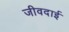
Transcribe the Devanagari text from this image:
जीवदाई